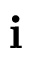
\textbf { i }